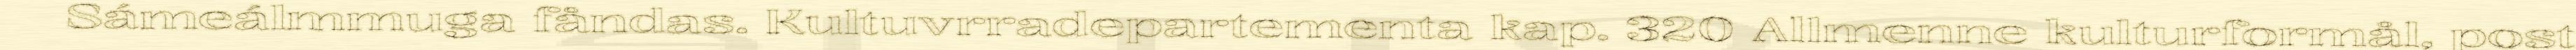
Sámeálmmuga fåndas. Kultuvrradepartementa kap. 320 Allmenne kulturformål, post